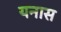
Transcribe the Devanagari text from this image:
यनास